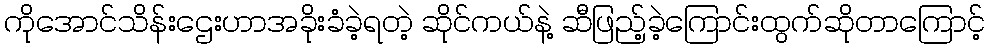
ကိုအောင်သိန်းဌေးဟာအခိုးခံခဲ့ရတဲ့ ဆိုင်ကယ်နဲ့ ဆီဖြည့်ခဲ့ကြောင်းထွက်ဆိုတာကြောင့်